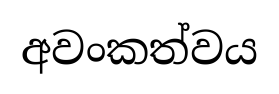
අවංකත්වය